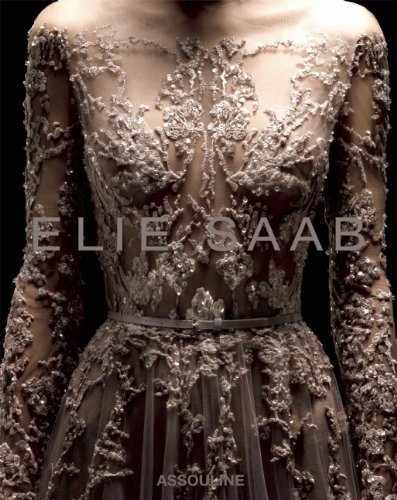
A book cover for Elie Saab; Janie Samet; Arts & Photography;